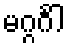
မဂ္ဂင်္ဂါ